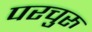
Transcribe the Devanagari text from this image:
परचुरु